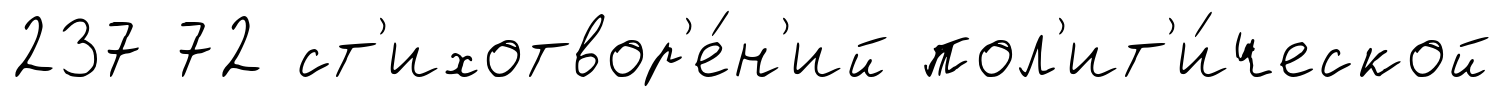
237 72 ст'ихотвор'е́н'ий пол'ит'и́ческой